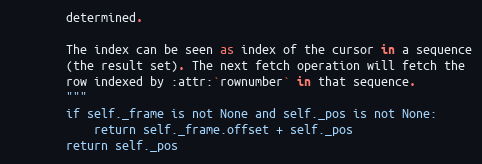
Language: Python
        determined.

        The index can be seen as index of the cursor in a sequence
        (the result set). The next fetch operation will fetch the
        row indexed by :attr:`rownumber` in that sequence.
        """
        if self._frame is not None and self._pos is not None:
            return self._frame.offset + self._pos
        return self._pos